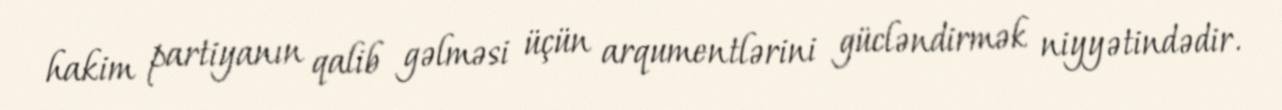
hakim partiyanın qalib gəlməsi üçün arqumentlərini gücləndirmək niyyətindədir.